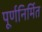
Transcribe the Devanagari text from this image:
पूर्णनिर्मित